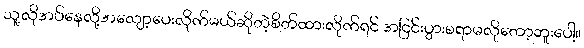
သူ့လိုအပ်နေလို့အလျော့ပေးလိုက်မယ်ဆိုတဲ့စိတ်ထားလိုက်ရင် အငြင်းပွားစရာမလိုတော့ဘူးပေါ့။